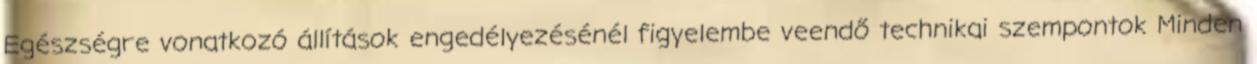
Egészségre vonatkozó állítások engedélyezésénél figyelembe veendő technikai szempontok Minden